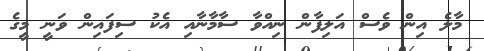
މާލެ އިން ވެސް އަލިފާން ނިއްވާ ސާމާނާއި އެކު ސިފައިން ވަނީ މީގެ